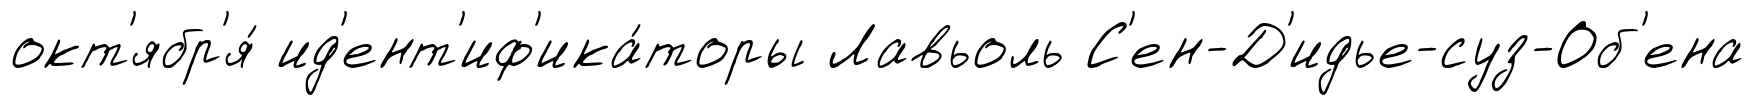
окт'ябр'я́ ид'ент'иф'ика́торы Лавьоль С'ен-Д'идье-суз-Об'ена